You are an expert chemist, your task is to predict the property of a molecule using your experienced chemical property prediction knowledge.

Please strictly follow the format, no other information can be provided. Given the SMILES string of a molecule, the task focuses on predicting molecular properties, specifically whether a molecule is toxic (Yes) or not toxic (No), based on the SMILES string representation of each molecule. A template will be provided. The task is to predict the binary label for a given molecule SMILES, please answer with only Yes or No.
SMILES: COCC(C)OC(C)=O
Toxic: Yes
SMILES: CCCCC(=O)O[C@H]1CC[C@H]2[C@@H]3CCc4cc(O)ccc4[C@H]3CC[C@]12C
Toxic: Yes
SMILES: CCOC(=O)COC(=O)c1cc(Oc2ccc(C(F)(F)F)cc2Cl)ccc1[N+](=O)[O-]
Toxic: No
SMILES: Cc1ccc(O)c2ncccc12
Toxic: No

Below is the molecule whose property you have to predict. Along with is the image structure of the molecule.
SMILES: O=C(O)c1cc(O)c2ccccc2c1O
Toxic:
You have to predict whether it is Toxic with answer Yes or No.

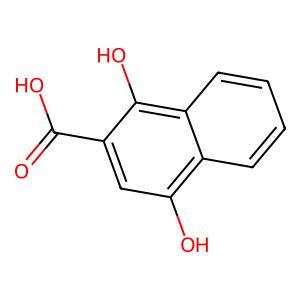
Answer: No